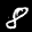
Label: 8